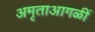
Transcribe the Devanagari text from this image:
अमृताआगळीं